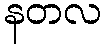
နတလ